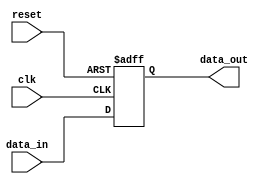
module lvcmos_buffer (
    input wire clk,
    input wire reset,
    input wire data_in,
    output reg data_out
);

always @(posedge clk or posedge reset) begin
    if (reset) begin
        data_out <= 1'b0;
    end else begin
        data_out <= data_in;
    end
end

endmodule